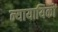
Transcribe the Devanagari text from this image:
न्यायायिकों